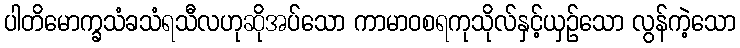
ပါတိမောက္ခသံခသံရသီလဟုဆိုအပ်သော ကာမာဝစရကုသိုလ်နှင့်ယှဉ်သော လွန်ကဲ့သော